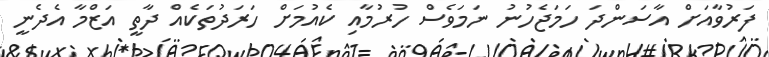
ފަރުވާއަށް އާސަންދަ ހަމަޖެހުނު ނަމަވެސް ހުރުމާއި ކެއުމަށް ހަރަދުތަކެއް ދާތީ އަޒްމާ އެދެނީ